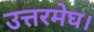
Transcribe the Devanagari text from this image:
उत्तरमेघ।